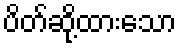
ပိတ်ဆို့ထားသော